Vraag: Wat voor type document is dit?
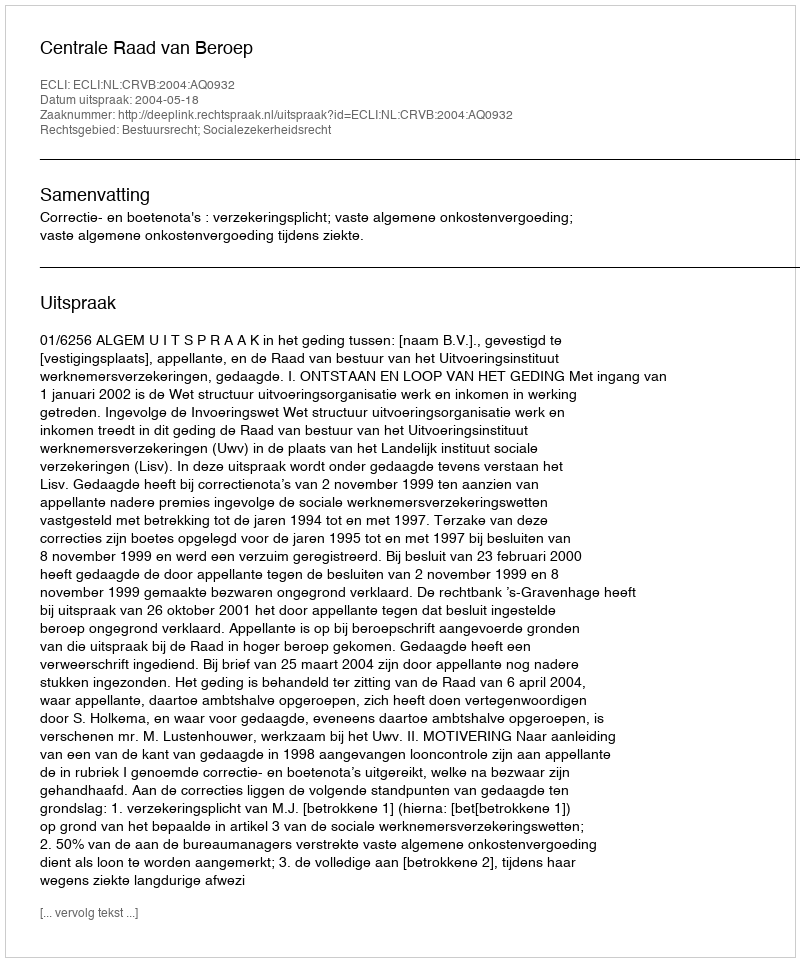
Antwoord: Uitspraak